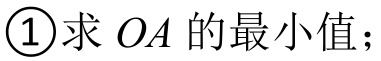
\textcircled{1}求 \(OA\) 的最小值；